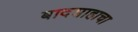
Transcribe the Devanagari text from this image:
बादशाहाचा